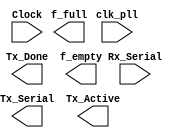

// Efinity Top-level template
// Version: 2023.2.307

// Copyright (C) 2013 - 2023 Efinix Inc. All rights reserved.

// This file may be used as a starting point for Efinity synthesis top-level target.
// The port list here matches what is expected by Efinity constraint files generated
// by the Efinity Interface Designer.

// To use this:
//     #1)  Save this file with a different name to a different directory, where source files are kept.
//              Example: you may wish to save as /home/kaushal/Vicharak/Sample_Projects/HW_FIFO_UART/HW_FIFO_UART.v
//     #2)  Add the newly saved file into Efinity project as design file
//     #3)  Edit the top level entity in Efinity project to:  HW_FIFO_UART
//     #4)  Insert design content.


module HW_FIFO_UART
(
  input Rx_Serial,
  input clk_pll,
  input Clock,
  output Tx_Serial,
  output Tx_Active,
  output Tx_Done,
  output f_empty,
  output f_full
);


endmodule